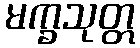
မက္ခသုတ္တ